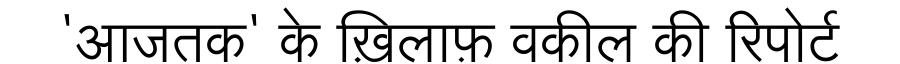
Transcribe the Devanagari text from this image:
'आजतक' के ख़िलाफ़ वकील की रिपोर्ट